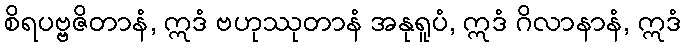
စိရပဗ္ဗဇိတာနံ, ဣဒံ ဗဟုဿုတာနံ အနုရူပံ, ဣဒံ ဂိလာနာနံ, ဣဒံ